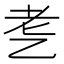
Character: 㐗